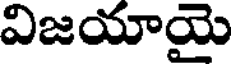
విజయాయై